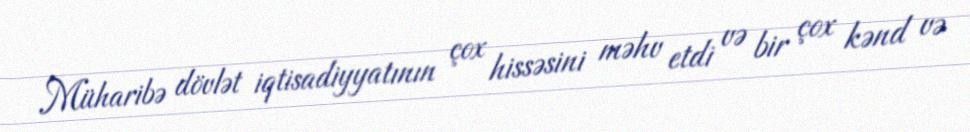
Müharibə dövlət iqtisadiyyatının çox hissəsini məhv etdi və bir çox kənd və